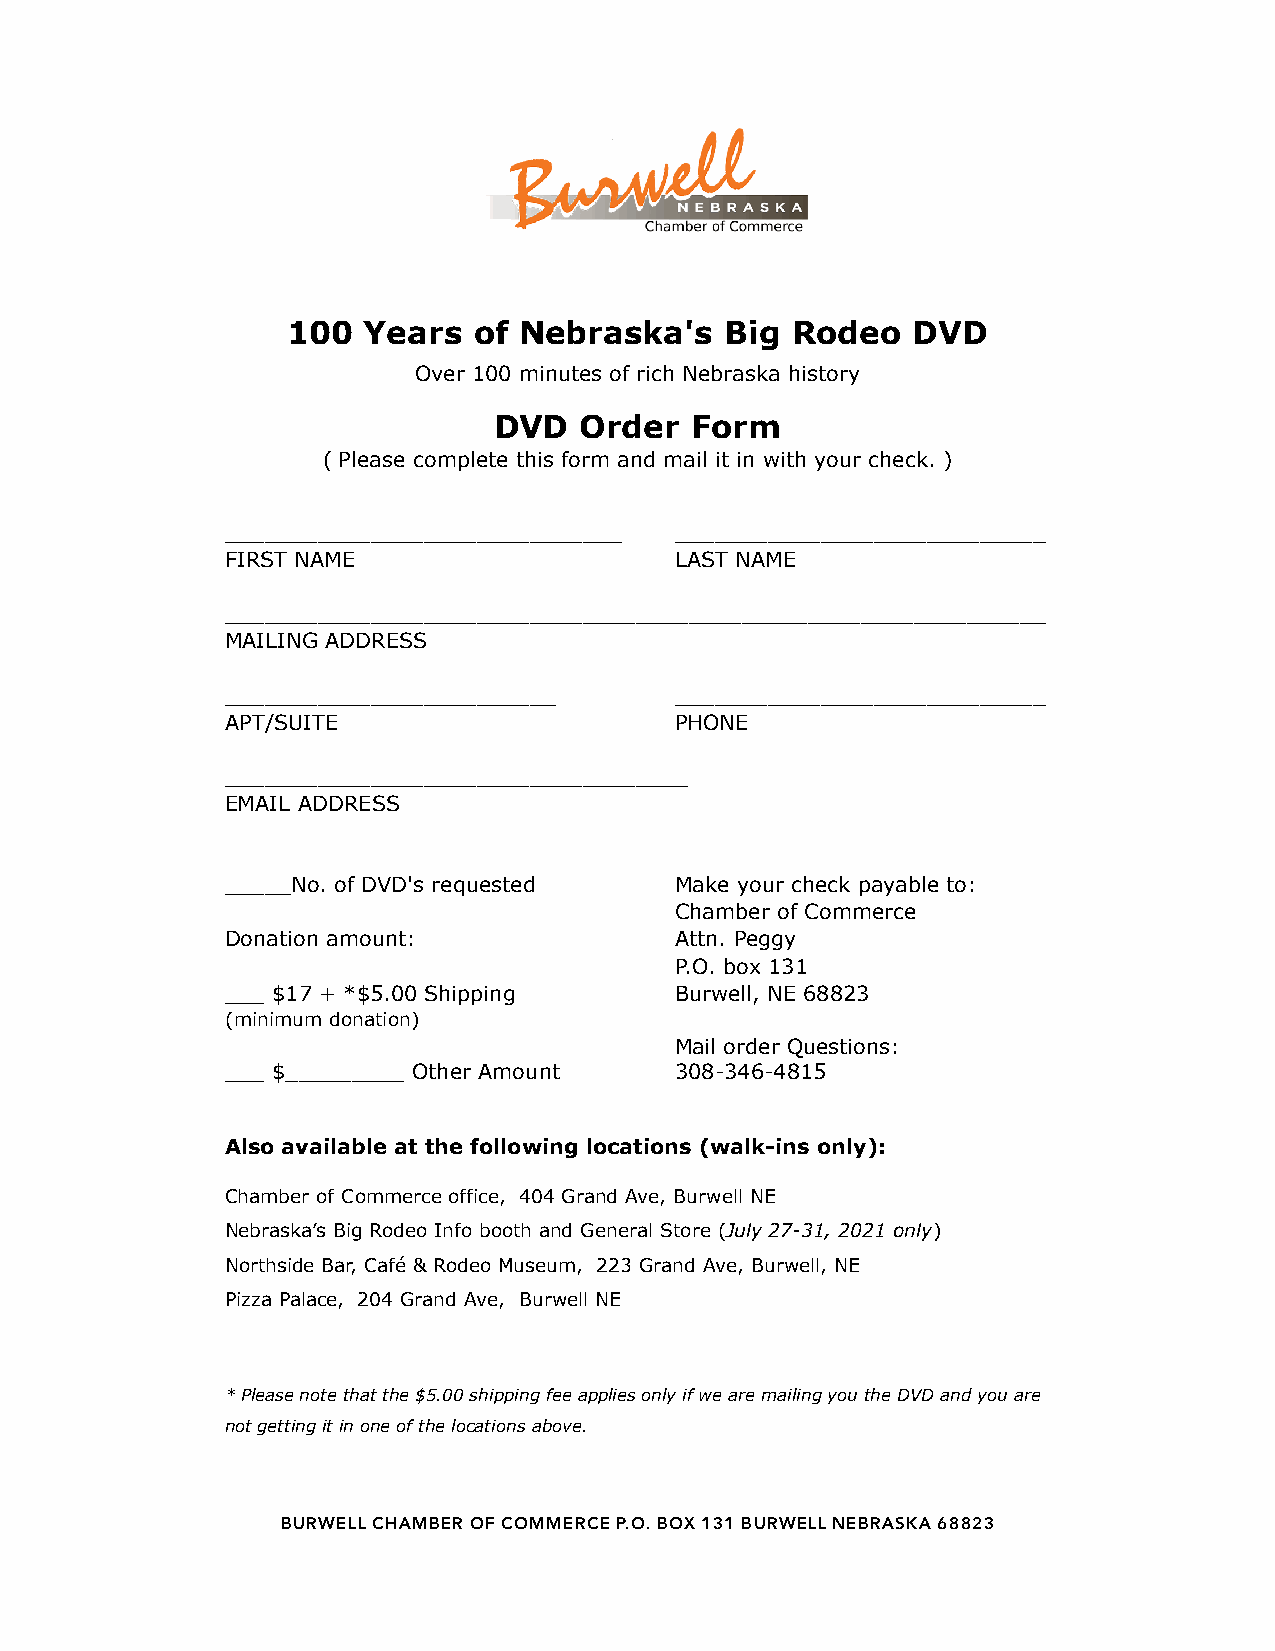
100  Years  of Nebraska's    Big Rodeo   DVD
 Over 100 minutes of rich Nebraska history
 DVD  Order   Form
 ( Please complete this form and mail it in with your check. )
 ______________________________ ____________________________
 FIRST NAME                    LAST NAME
 ______________________________________________________________
 MAILING ADDRESS
 _________________________     ____________________________
 APT/SUITE                     PHONE
 ___________________________________
 EMAIL ADDRESS
 _____No. of DVD's requested   Make your check payable to:
 Chamber of Commerce
 Donation amount:              Attn. Peggy
 P.O. box 131
 ___ $17 + *$5.00 Shipping     Burwell, NE 68823
 (minimum donation)
 Mail order Questions:
 ___ $_________ Other Amount   308-346-4815
 Also available at the following locations (walk-ins only):
 Chamber of Commerce office, 404 Grand Ave, Burwell NE
 Nebraska’s Big Rodeo Info booth and General Store (July 27-31, 2021 only)
 Northside Bar, Café & Rodeo Museum, 223 Grand Ave, Burwell, NE
 Pizza Palace, 204 Grand Ave, Burwell NE
 * Please note that the $5.00 shipping fee applies only if we are mailing you the DVD and you are
 not getting it in one of the locations above.
 BURWELL CHAMBER OF COMMERCE P.O. BOX 131 BURWELL NEBRASKA 68823